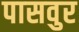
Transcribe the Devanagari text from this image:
पासवुर